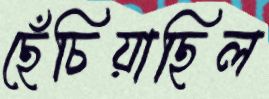
ছেঁচিয়াছিল